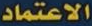
الاعتماد